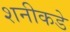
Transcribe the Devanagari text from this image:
शनीकडे